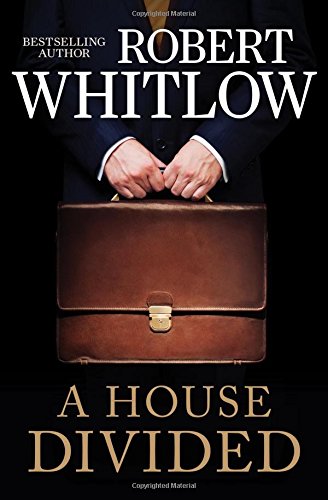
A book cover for A House Divided; Robert Whitlow; Mystery, Thriller & Suspense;